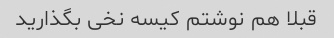
قبلا هم نوشتم کیسه نخی بگذارید